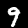
Label: 9